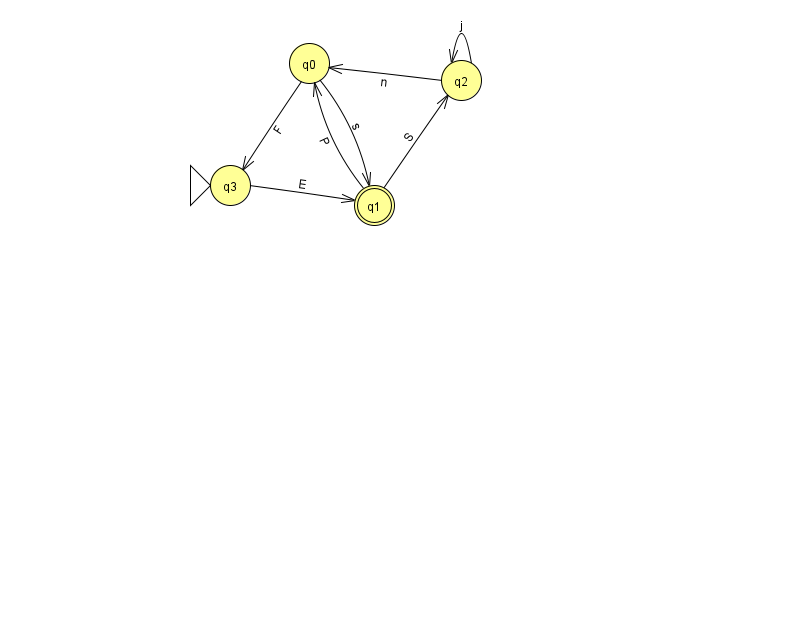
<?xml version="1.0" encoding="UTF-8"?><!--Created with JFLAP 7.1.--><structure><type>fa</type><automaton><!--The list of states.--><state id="0" name="q0"><x>309.0</x><y>50.0</y></state><state id="1" name="q1"><x>374.0</x><y>192.0</y><final/></state><state id="2" name="q2"><x>461.0</x><y>67.0</y></state><state id="3" name="q3"><x>230.0</x><y>172.0</y><initial/></state><!--The list of transitions.--><transition><from>1</from><to>0</to><read>P</read></transition><transition><from>0</from><to>1</to><read>s</read></transition><transition><from>2</from><to>0</to><read>n</read></transition><transition><from>0</from><to>3</to><read>F</read></transition><transition><from>2</from><to>2</to><read>j</read></transition><transition><from>3</from><to>1</to><read>E</read></transition><transition><from>1</from><to>2</to><read>S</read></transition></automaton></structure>